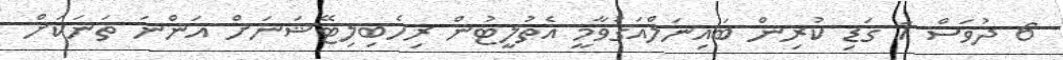
6 ދުވަސް 1 ގަޑި ކުރިން ބައިނަލްއަގުވާމީ އެތުލީޓުން ރިހެބިލިޓޭޝަނަށް އަންނަ ތަނަކަށް